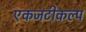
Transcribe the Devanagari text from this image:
एकजटीकल्प